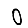
Digit: 0